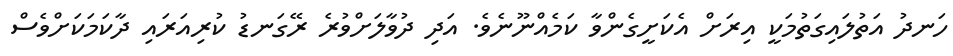
ހަނދު އަތުލައިގަތުމަކީ އިރަށް އެކަށީގެންވާ ކަމެއްނޫނެވެ. އަދި ދުވާލަށްވުރެ ރޭގަނޑު ކުރިއަރައި ދާކަމަކަށްވެސް